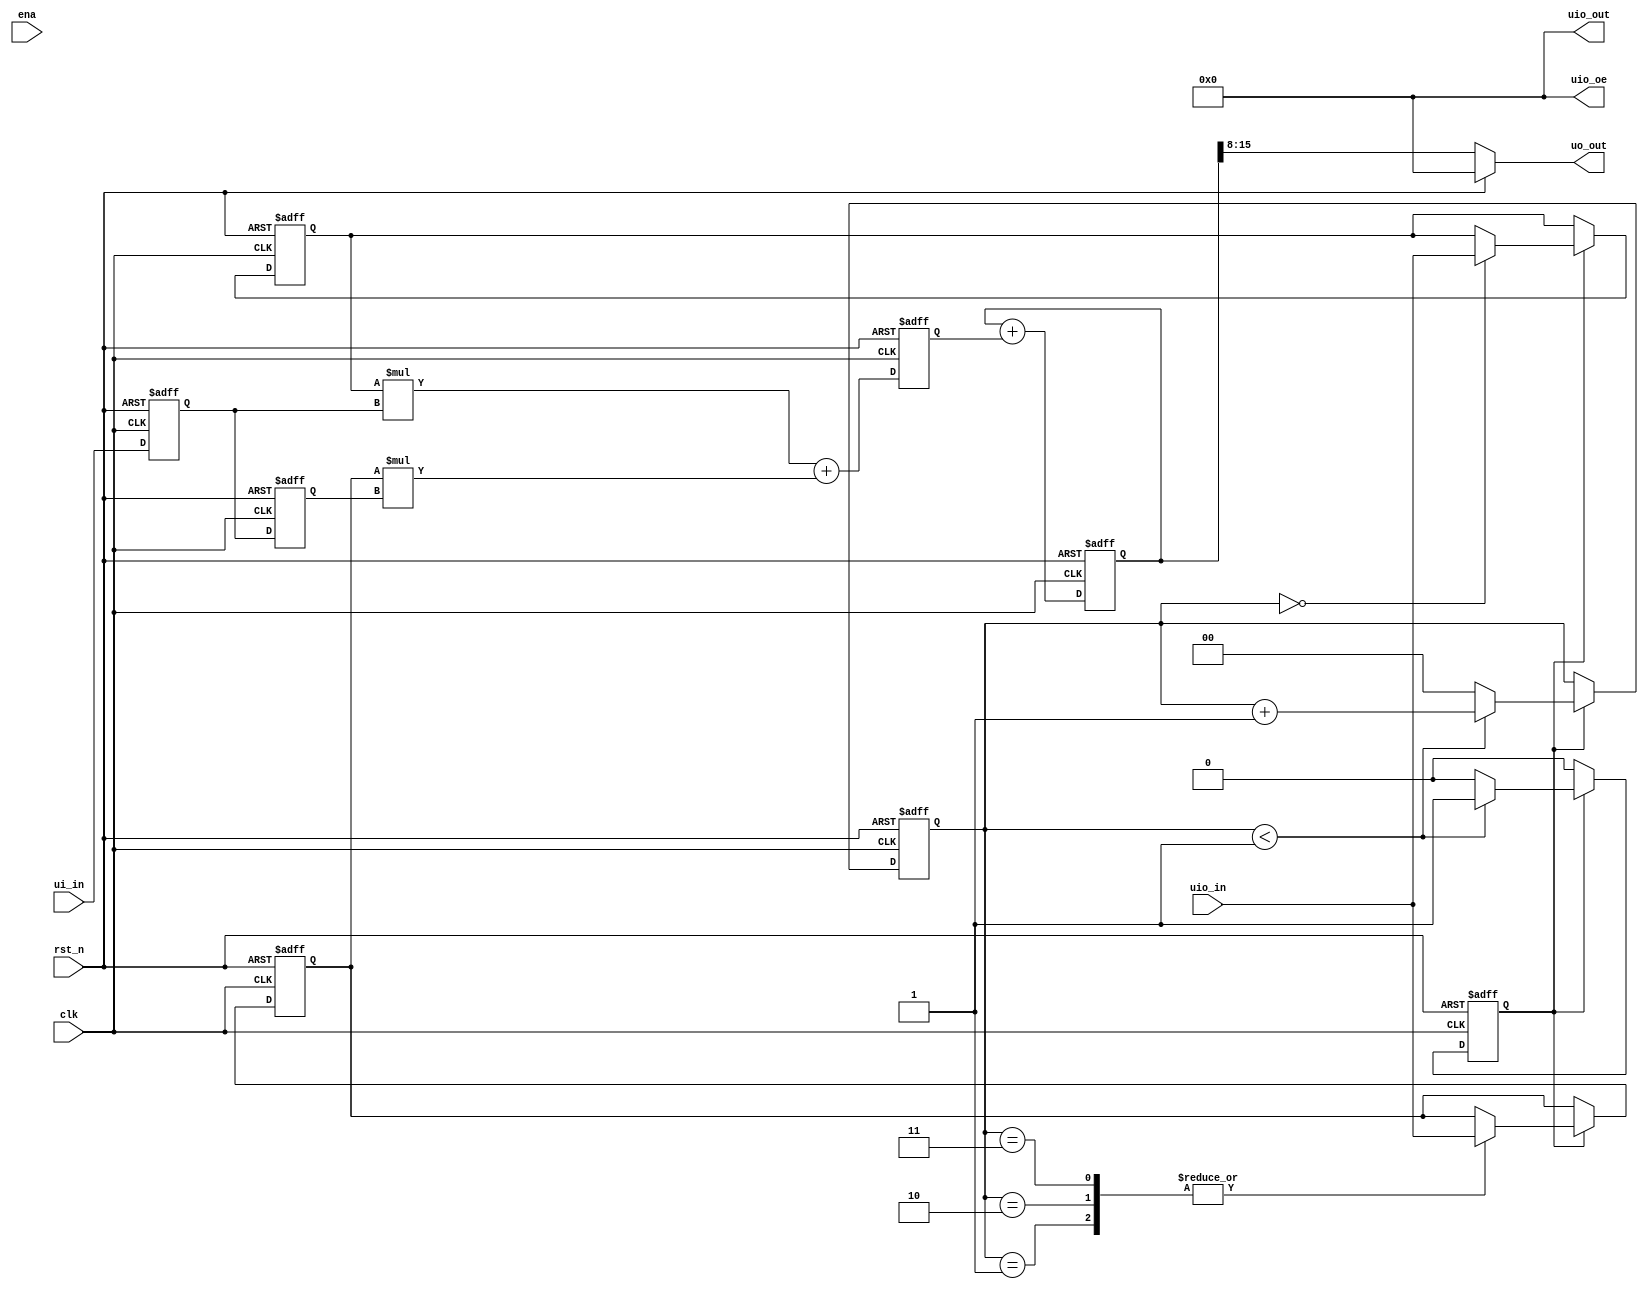
// Copyright 2024 Nico Rathmayr
// 
// LicensedundertheApacheLicense,Version2.0(the"License"); 
// youmaynotusethisfileexcept incompliancewiththeLicense. 
// YoumayobtainacopyoftheLicenseat 
// 
// http://www.apache.org/licenses/LICENSE2.0 
// 
// Unlessrequiredbyapplicablelaworagreedtoinwriting,software 
// distributedundertheLicenseisdistributedonan"ASIS"BASIS, 
// WITHOUTWARRANTIESORCONDITIONSOFANYKIND,eitherexpressor implied. 
// SeetheLicenseforthespecificlanguagegoverningpermissionsand 
// limitationsundertheLicense.

`default_nettype none
`timescale 1ns/1ps


module tt_um_digitaler_filter_rathmayr(
    input  wire [7:0] ui_in,    // Dedicated inputs - connected to the input switches
    output wire [7:0] uo_out,   // Dedicated outputs - connected to the 7 segment display
    input  wire [7:0] uio_in,   // IOs: Bidirectional Input path
    output wire [7:0] uio_out,  // IOs: Bidirectional Output path
    output wire [7:0] uio_oe,   // IOs: Bidirectional Enable path (active high: 0=input, 1=output)
    input  wire       ena,      // will go high when the design is enabled
    input  wire       clk,      // clock
    input  wire       rst_n     // reset_n - low to reset
);


    /* verilator lint_off UNUSEDSIGNAL */
    wire z2 = ena;
    /* verilator lint_on UNUSEDSIGNAL */
    assign uio_out[7:0] = 8'b0;
    assign uio_oe[7:0] = 8'b0;


    
    wire [7:0] const_h = uio_in;
    wire reset = rst_n;
    wire [7:0] y;
    wire [7:0] x = ui_in;
    assign uo_out[7:0] = y;

    reg [1:0] counter;
    reg [7:0] h [1:0];
    reg [7:0] x_reg [1:0];
    reg [15:0] product;
    reg [23:0] sum;
    reg h_start;
 
    always @(posedge clk or posedge reset) begin
	
    	if (reset) begin
	    counter <= 2'b00;
	    h[0] <= 8'h00;
	    h[1] <= 8'h00;
	    //h[2] <= 8'h00;
	    //h[3] <= 8'h00;
            sum <= 24'h000000;
	    product <= 16'h0000;
	    x_reg[0] <= 8'h00;
	    x_reg[1] <= 8'h00;
	    //x_reg[2] <= 8'h00;
	    //x_reg[3] <= 8'h00;
	    h_start <= 1'b1;
        end else begin
	    
	    if (h_start) begin
	    case (counter)
		2'b00:
		    h[0] <= const_h;
		2'b01:
		    h[1] <= const_h;
		2'b10:
		    h[1] <= const_h;
		2'b11:
		    h[1] <= const_h;
	    endcase

	    if (counter < 2'b01)
		counter <= counter + 1;
	    else begin
		counter <= 2'b00;
		h_start <= 1'b0;
	    end
	    end
            x_reg[0] <= x;
	    x_reg[1] <= x_reg[0];
	    //x_reg[2] <= x_reg[1];
	    //x_reg[3] <= x_reg[2];

	    product <= h[0] * x_reg[0] + h[1] * x_reg[1]; //+ h[2] * x_reg[2]; //+ h[3] * x_reg[3];
	    sum <= sum + {8'b00000000,product};

	end
    end
   assign y = (reset) ? 8'h00 : sum[15:8];
endmodule